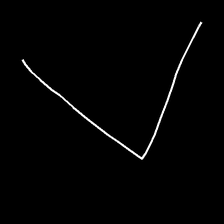
Glyph: region